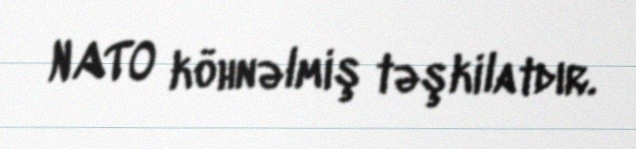
NATO köhnəlmiş təşkilatdır.